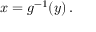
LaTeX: x = g ^ { - 1 } ( y ) \, .